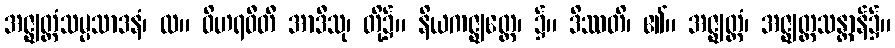
အဇ္ဈတ္တံသမ္ပသာဒနံ၊ လ။ ဝိဟရဝီတီ အာဒီသု၊ တို့၌။ နိယကဇ္ဈတ္တေ၊ ၌။ ဒိဿတိ၊ ၏။ အဇ္ဈတ္တံ၊ အဇ္ဈတ္တသန္တာန်၌။